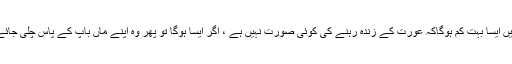
دنیا میں ایسا بہت کم ہوگاکہ عورت کے زندہ رہنے کی کوئی صورت نہیں ہے ، اگر ایسا ہوگا تو پھر وہ اپنے ماں باپ کے پاس چلی جائے گی۔